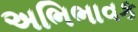
અભિભાવક